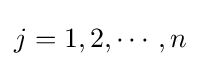
{\textstyle j=1,2,\cdots ,n}